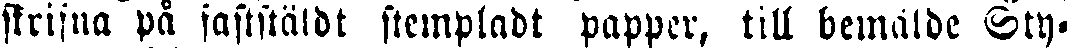
skrifna på faststäldt stempladt papper, till bemälde Sty-